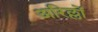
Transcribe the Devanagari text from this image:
अरिल्लों